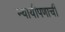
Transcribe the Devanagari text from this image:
न्यायीपणाची